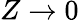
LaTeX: Z\rightarrow 0